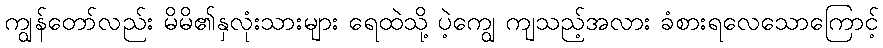
ကျွန်တော်လည်း မိမိ၏နှလုံးသားများ ရေထဲသို့ ပဲ့ကျွေ ကျသည့်အလား ခံစားရလေသောကြောင့်